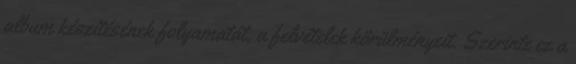
album készítésének folyamatát, a felvételek körülményeit. Szerinte ez a